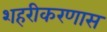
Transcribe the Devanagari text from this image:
शहरीकरणास